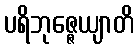
ပရိဘုဇ္ဇေယျာတိ